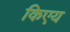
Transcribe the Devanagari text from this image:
किएय